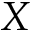
X